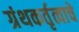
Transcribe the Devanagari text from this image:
ग्रंथकर्तृत्वाचे